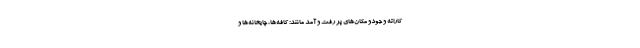
کاراته و جودو مکان‌های پر رفت و آمد مانند: کافه‌ها، چایخانه‌ها و